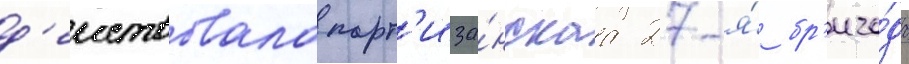
д'еиствовала парт'иза́нскаа 27-я́ бр'ига́да